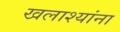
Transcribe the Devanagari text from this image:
खलाश्यांना